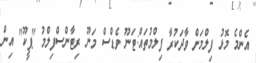
އެންމެ މޮޅު ފިލްމަށް ވާދަކުރާ ފިލްމުތައް:ޓަނޫ ވެޑްސް މަނޫ ރިޓާންސްފިލްމު "ޕީކޫ" އިން